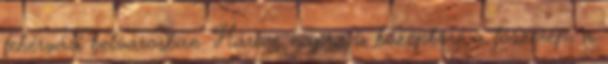
fehérvári belvárosban. Három napra a középkoré a főszerep, a